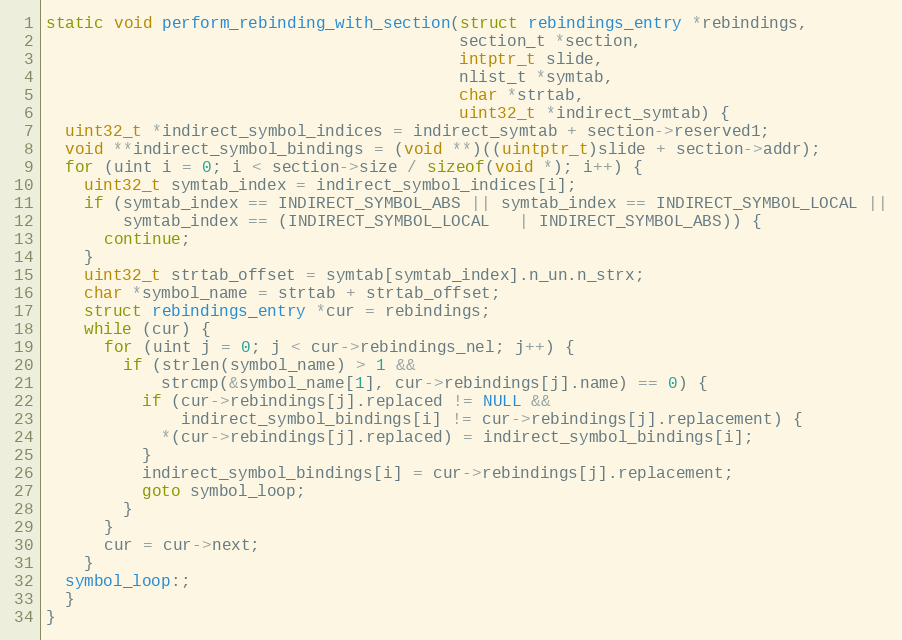
Language: C
static void perform_rebinding_with_section(struct rebindings_entry *rebindings,
                                           section_t *section,
                                           intptr_t slide,
                                           nlist_t *symtab,
                                           char *strtab,
                                           uint32_t *indirect_symtab) {
  uint32_t *indirect_symbol_indices = indirect_symtab + section->reserved1;
  void **indirect_symbol_bindings = (void **)((uintptr_t)slide + section->addr);
  for (uint i = 0; i < section->size / sizeof(void *); i++) {
    uint32_t symtab_index = indirect_symbol_indices[i];
    if (symtab_index == INDIRECT_SYMBOL_ABS || symtab_index == INDIRECT_SYMBOL_LOCAL ||
        symtab_index == (INDIRECT_SYMBOL_LOCAL   | INDIRECT_SYMBOL_ABS)) {
      continue;
    }
    uint32_t strtab_offset = symtab[symtab_index].n_un.n_strx;
    char *symbol_name = strtab + strtab_offset;
    struct rebindings_entry *cur = rebindings;
    while (cur) {
      for (uint j = 0; j < cur->rebindings_nel; j++) {
        if (strlen(symbol_name) > 1 &&
            strcmp(&symbol_name[1], cur->rebindings[j].name) == 0) {
          if (cur->rebindings[j].replaced != NULL &&
              indirect_symbol_bindings[i] != cur->rebindings[j].replacement) {
            *(cur->rebindings[j].replaced) = indirect_symbol_bindings[i];
          }
          indirect_symbol_bindings[i] = cur->rebindings[j].replacement;
          goto symbol_loop;
        }
      }
      cur = cur->next;
    }
  symbol_loop:;
  }
}